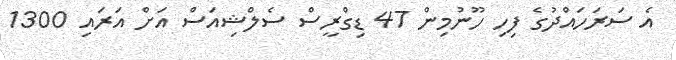
އެ ސަރަހައްދުގެ ފިހި ހޫނުމިން 47 ޑިގްރީސް ސެލްޝިއަސް އަށް އަރައި 1300